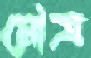
মৌত্র